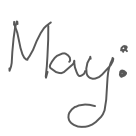
Text: May:
Cross-out: clean
Writing tool: digital_gray